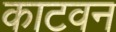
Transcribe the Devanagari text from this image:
काटवन